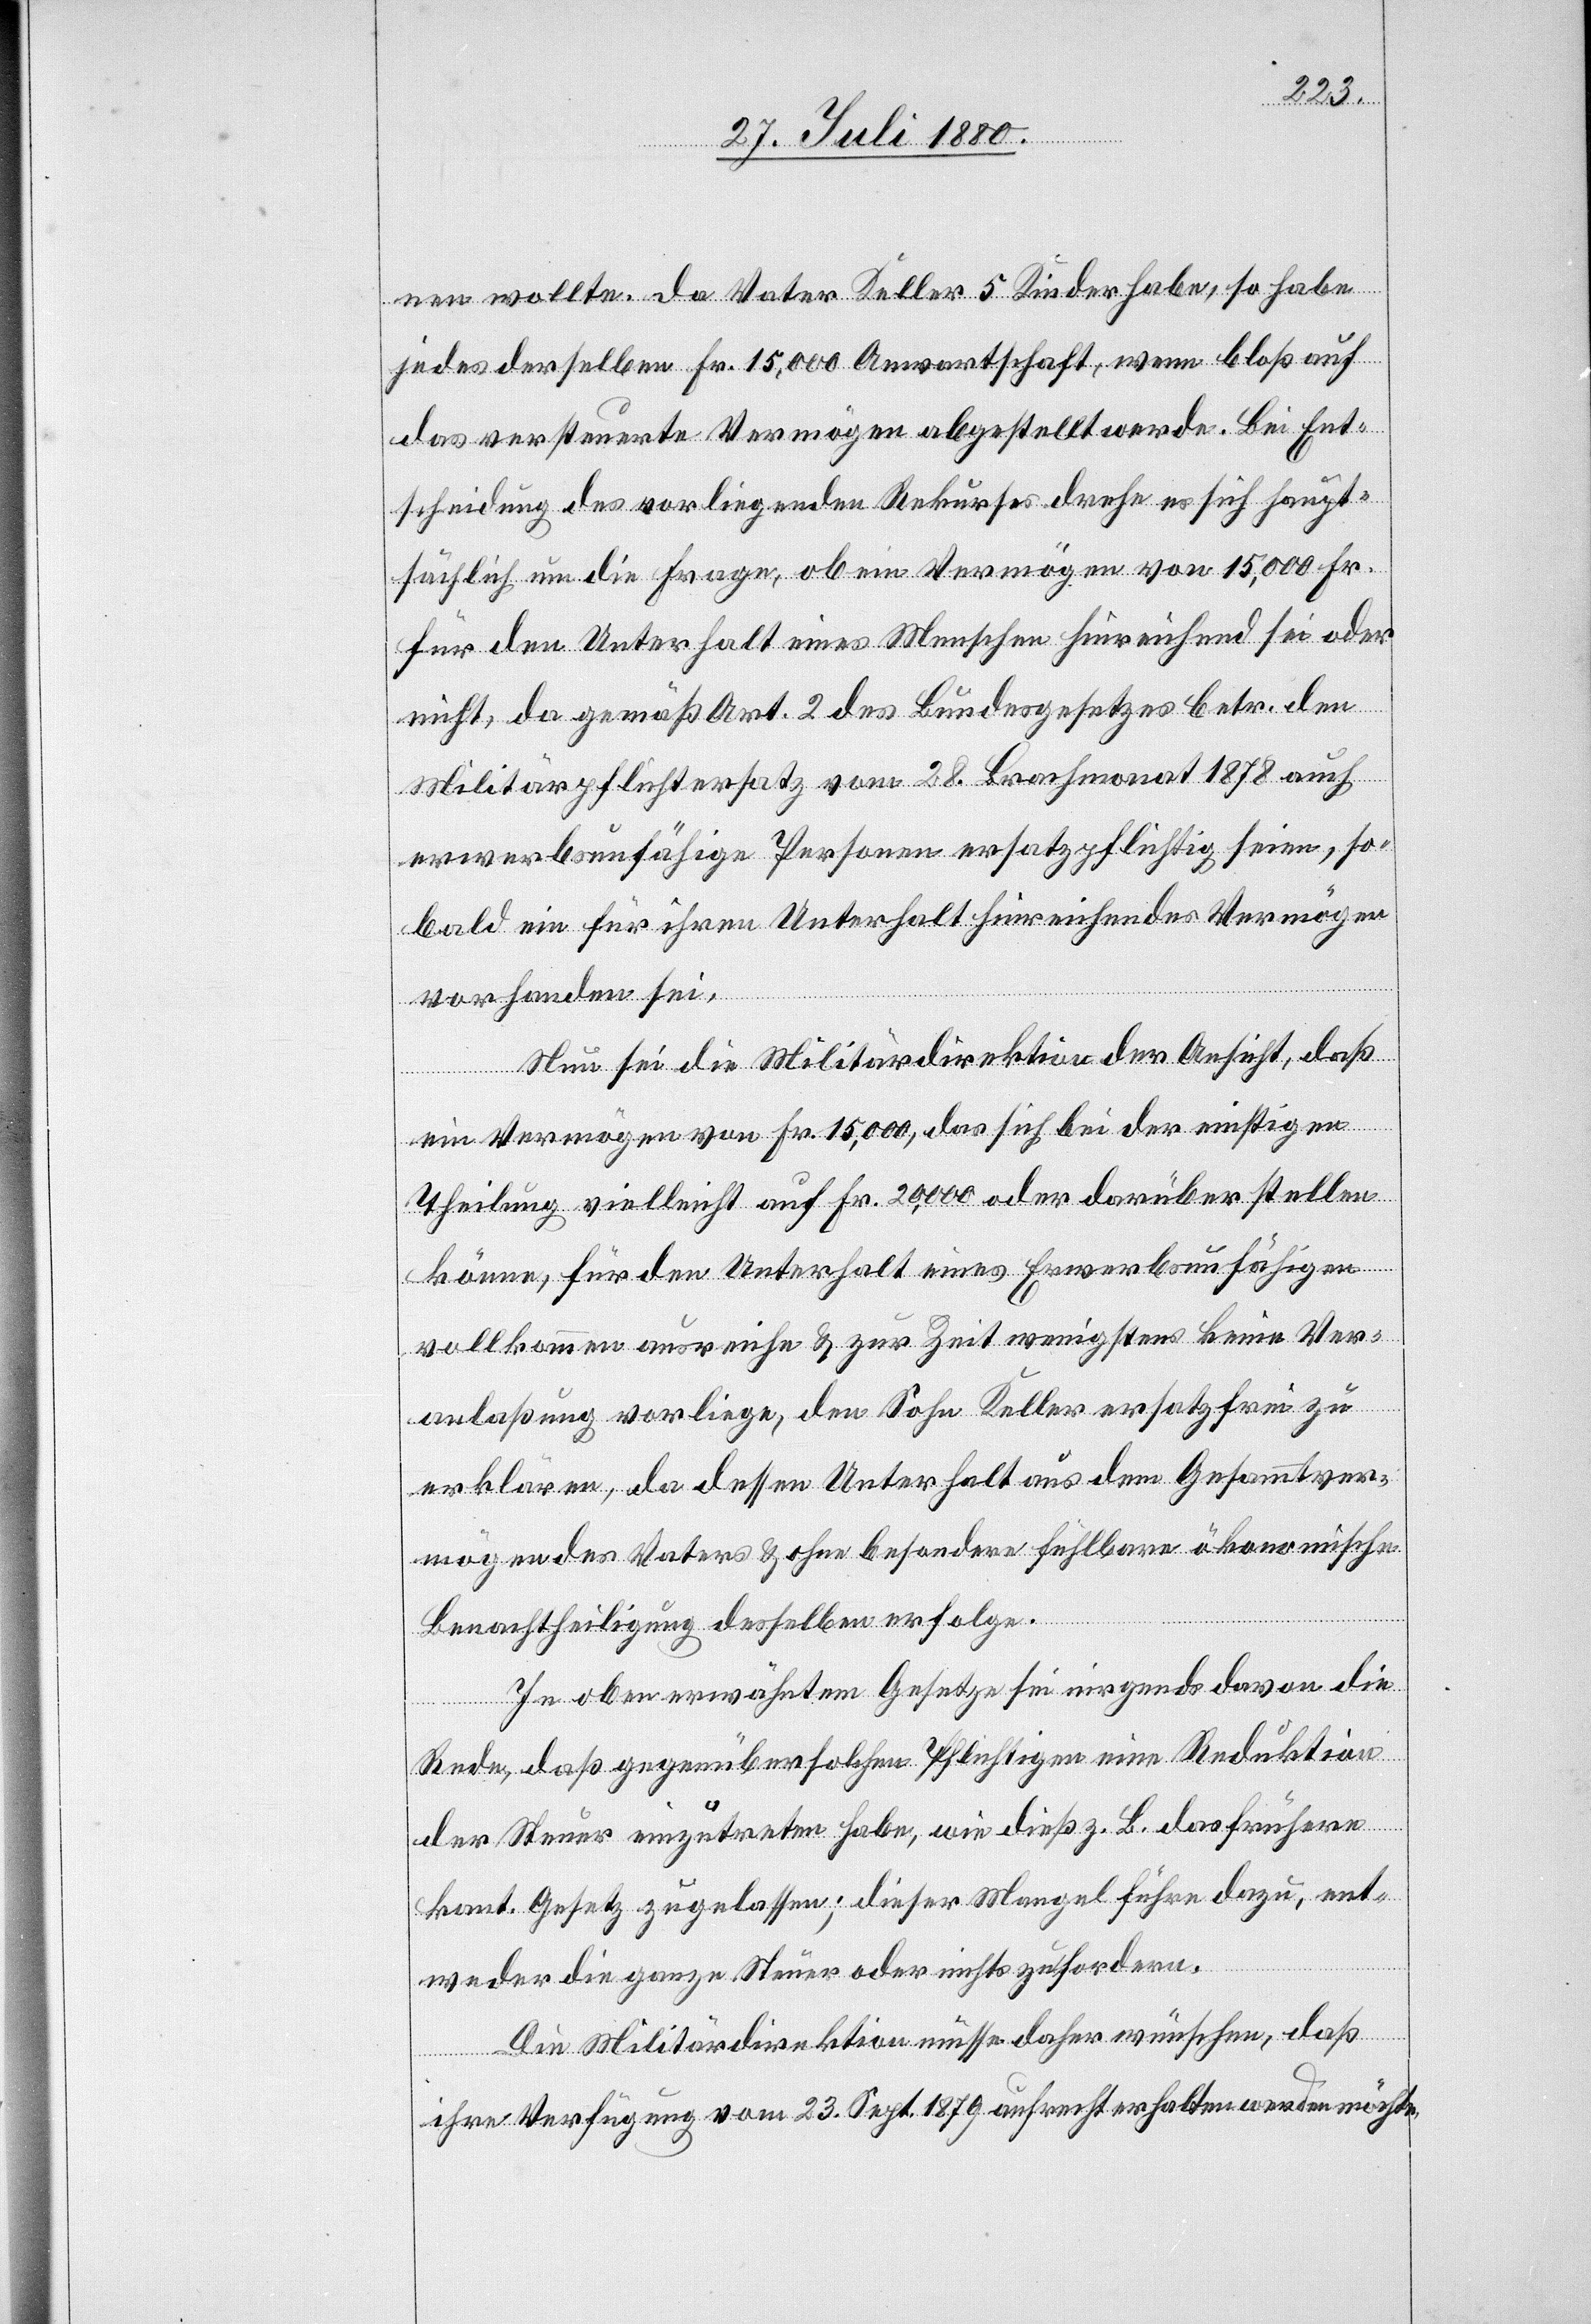
nen wollte. da [sic!] Vater Keller 5 Kinder habe, so habe
jedes derselben Fr. 15,000 Anwarthschaft, wenn bloß auf
das versteuerte Vermögen abgestellt werde. Bei Ent¬
scheidung des vorliegenden Rekurses drehe es sich haupt¬
sächlich um die Frage, ob ein Vermögen von 15,000 Fr.
für den Unterhalt eines Menschen hinreichend sei oder
nicht, da gemäß Art. 2 des Bundesgesetzes betr. dem
Militärpflichtersatz vom 28. Brachmonat 1878 auch
erwerbunfähige Personen ersatzpflichtig seien, so¬
bald ein für ihren Unterhalt hinreichendes Vermögen
vorhanden sei.
Neu sei die Militärdirektion der Ansicht, daß
ein Vermögen von Fr. 15,000, das sich bei der richtigen
Theilung vielleicht auf Fr. 20,000 oder darüber stellen
könne, für den Unterhalt eines Erwerbsunfähigen
vollkommen ausreiche & zur Zeit wenigstens keine Ver¬
anlaßung vorliege, den Sohn Keller ersatzfrei zu
erklären, da dessen Unterhalt aus dem Gesammtver¬
mögen des Vaters & ohne besondere fühlbare ökonomische
Benachtheiligung desselben erfolge.
In oben erwähntem Gesetze sei nirgends davon die
Rede, daß gegenüber solchen Pflichtigen eine Reduktion
der Steuer einzutreten habe, wie dieß z. B. das frühere
kant. Gesetz zugelassen; dieser Mangel führe dazu, ent¬
weder die ganze Steuer oder nichts zu fordern.
Die Militärdirektion müsse daher wünschen, daß
ihre Verfügung vom 23. Sept. 1879 aufrecht erhalten werden möchte.